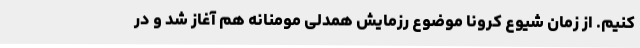
کنیم. از زمان شیوع کرونا موضوع رزمایش همدلی مومنانه هم آغاز شد و در